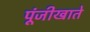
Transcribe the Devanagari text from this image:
पूंजीखाते